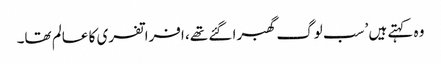
وہ کہتے ہیں ’سب لوگ گھبرا گئے تھے، افراتفری کا عالم تھا۔